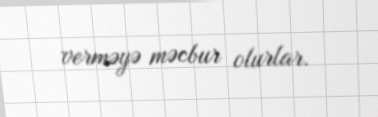
verməyə məcbur olurlar.